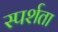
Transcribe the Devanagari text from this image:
स्पर्शता